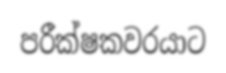
පරීක්ෂකවරයාට